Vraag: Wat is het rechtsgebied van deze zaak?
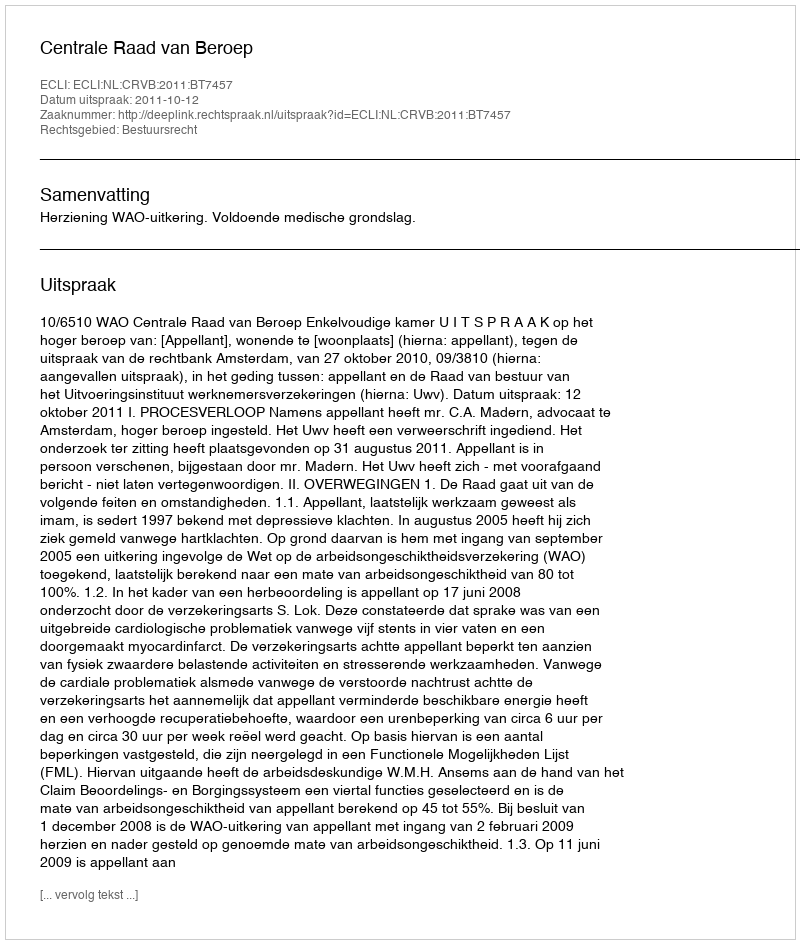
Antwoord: Bestuursrecht